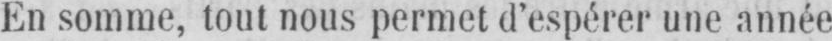
En somme, tout nous permet d’espérer une année